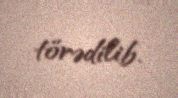
törədilib.